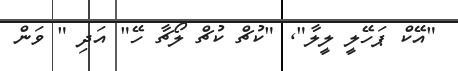
"އޭކް ޕަހޭލީ ލީލާ"